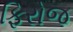
ફિરોજ